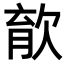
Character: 𣣎